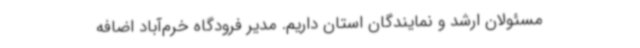
مسئولان ارشد و نمایندگان استان داریم. مدیر فرودگاه خرم‌آباد اضافه